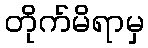
တိုက်မိရာမှ